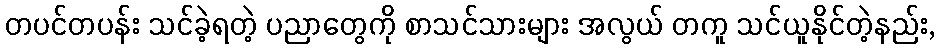
တပင်တပန်း သင်ခဲ့ရတဲ့ ပညာတွေကို စာသင်သားများ အလွယ် တကူ သင်ယူနိုင်တဲ့နည်း,